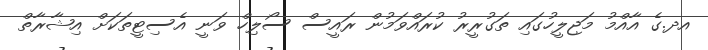
އދ.ގެ އާއްމު މަޖިލީހުގައި ތަގުރީރު ކުރައްވަމުން ރައީސް ސޯލިހް ވަނީ އެސިޓީތަކަށް އިޝާރާތް